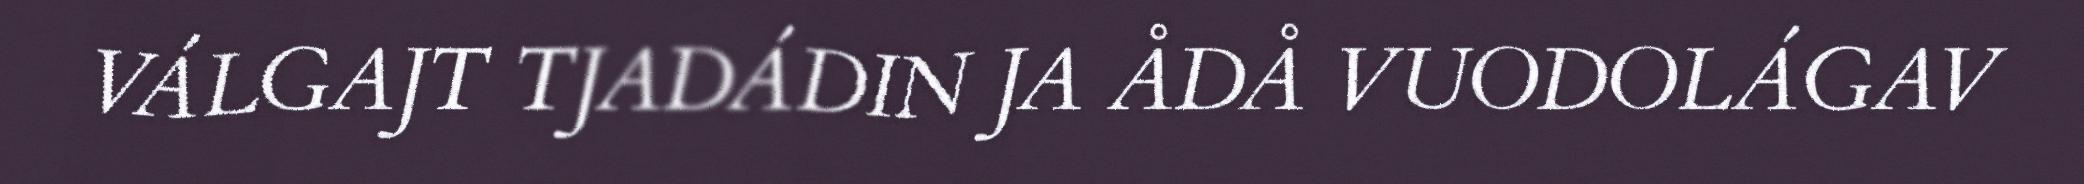
VÁLGAJT TJADÁDIN JA ÅDÅ VUODOLÁGAV